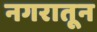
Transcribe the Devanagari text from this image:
नगरातून